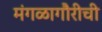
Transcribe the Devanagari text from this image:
मंगळागौरीची